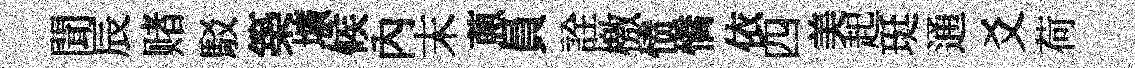
聞辰赌駁築壙候內末蔥員詮檄愤憍依四美起珽通爻荷